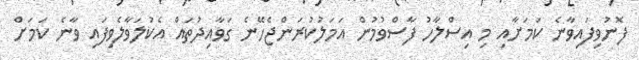
ފޮނުވިފައިވާނެ ކަމަށާއި މި އިސްލާހު ފާސްވުމުން އަމަލުކުރަންޖެހޭނެ ގަވާއިދުތައް އެކުލަވާލެވިފައި ވާނެ ކަމަށް